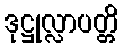
ဒုဋ္ဌုလ္လာပတ္တိ